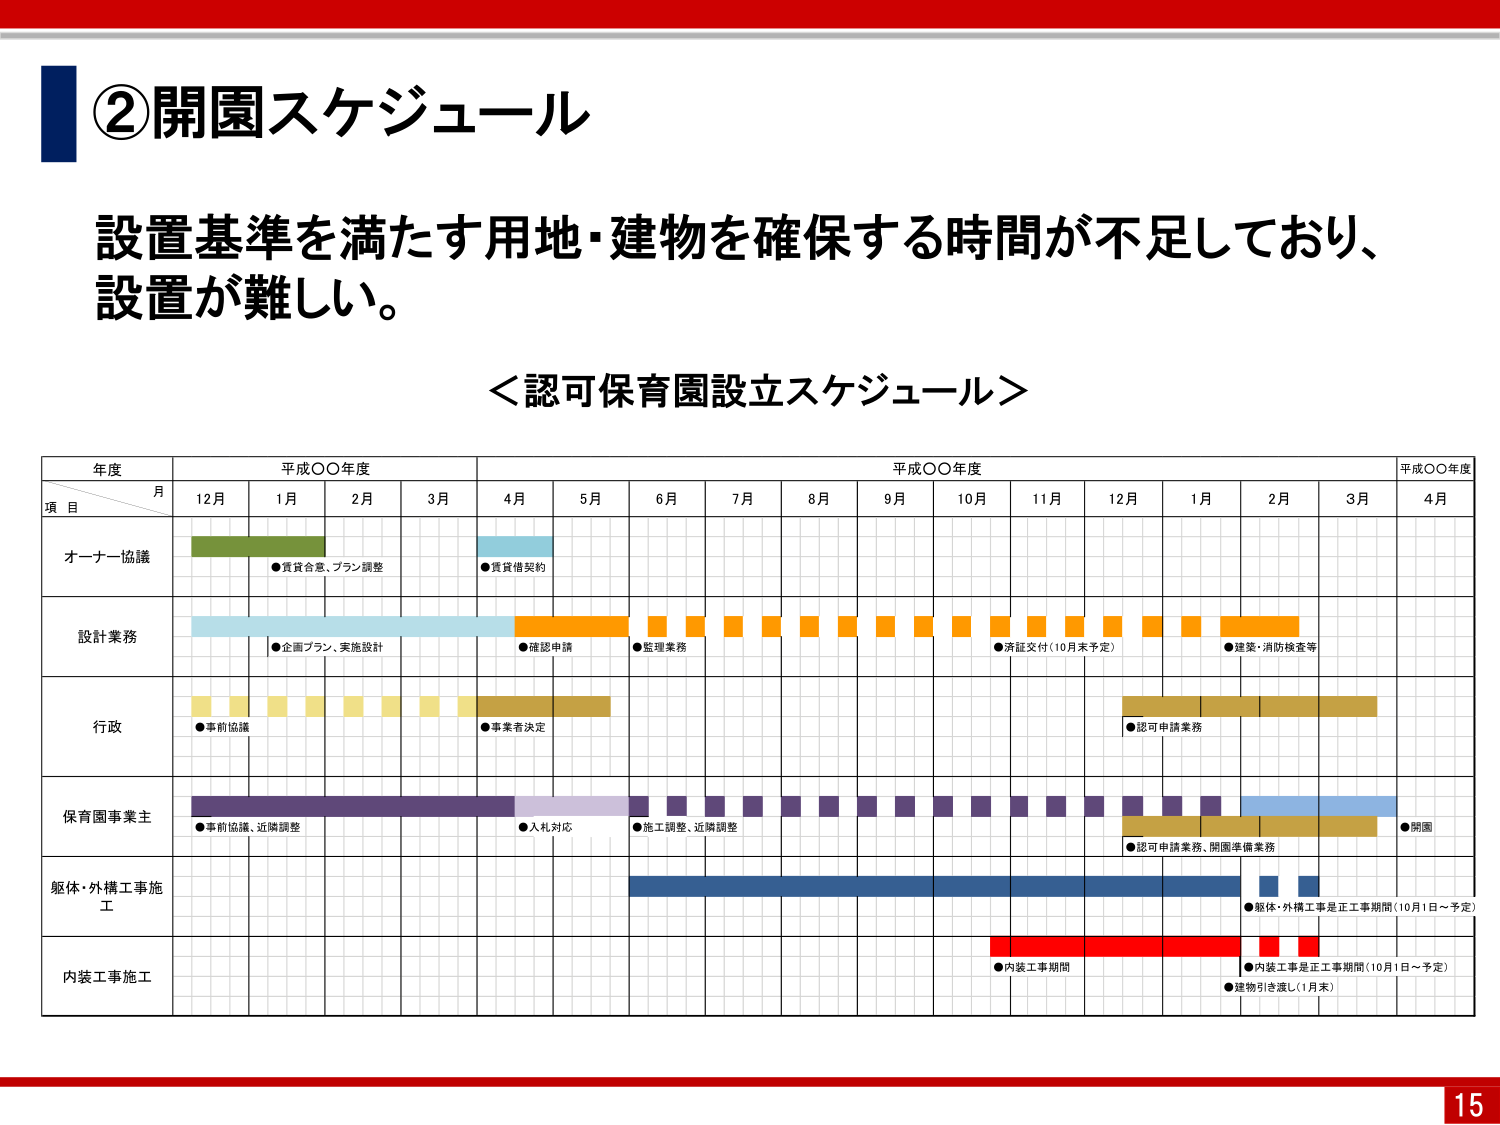
②開園スケジュール
設置基準を満たす用地・建物を確保する時間が不足しており、
設置が難しい。

＜認可保育園設立スケジュール＞

年度
平成〇〇年度
平成〇〇年度
平成〇〇年度

月
12月  1月  2月  3月  4月  5月  6月  7月  8月  9月  10月  11月  12月  1月  2月  3月  4月

項目

オーナー協議
●賃貸合意、プラン調整
●賃貸借契約

設計業務
●企画プラン、実施設計
●確認申請
●監理業務
●済証交付（10月末予定）
●建築・消防検査等

行政
●事前協議
●事業者決定
●認可申請業務

保育園事業主
●事前協議、近隣調整
●入札対応
●施工調整、近隣調整
●認可申請業務、開園準備業務
●開園

躯体・外構工事施工
●躯体・外構工事是正工事期間（10月1日～予定）

内装工事施工
●内装工事期間
●内装工事是正工事期間（10月1日～予定）
●建物引き渡し（1月末）

15